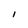
Character: I